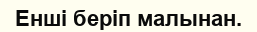
Енші беріп малынан.